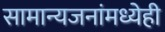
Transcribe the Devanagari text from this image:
सामान्यजनांमध्येही